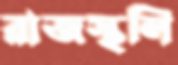
রাজস্থলি